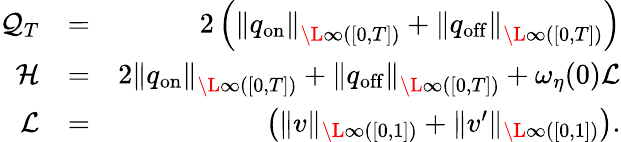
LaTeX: \begin{array}{rlr}{\mathcal{Q}_{T}}&{=}&{{2}\left(\left\| q_{\mathrm{on}}\right\| _{\L{\infty}([0,T])}+\left\| q_{\mathrm{off}}\right\| _{\L{\infty}([0,T])}\right)}\\ {\mathcal{H}}&{=}&{2\left\| q_{\mathrm{on}}\right\| _{\L{\infty}([0,T])}+\left\| q_{\mathrm{off}}\right\| _{\L{\infty}([0,T])}+\omega_{\eta}(0)\mathcal{L}}\\ {\mathcal{L}}&{=}&{\left(\| v\| _{\L{\infty}([0,1])}+\| v^{\prime}\| _{\L{\infty}([0,1])}\right).}\end{array}